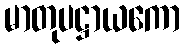
မာတုပဋ္ဌာယကော